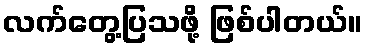
လက်တွေ့ပြသဖို့ ဖြစ်ပါတယ်။